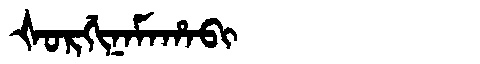
Manchu: ᡧᠣᡵᡤᡳᠨᠠᠮᠠᡥᠠᠪᡳ
Romanization: ŠORGINAMAHABI